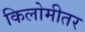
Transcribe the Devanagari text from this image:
किलोमीतर